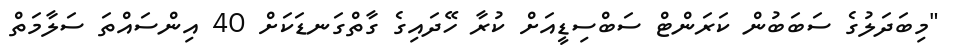
"މިބަދަލުގެ ސަބަބުން ކަރަންޓް ސަބްސިޑީއަށް ކުރާ ހޭދައިގެ ގާތްގަނޑަކަށް 40 އިންސައްތަ ސަލާމަތް